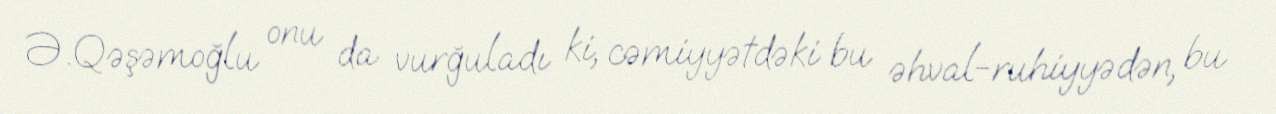
Ə.Qəşəmoğlu onu da vurğuladı ki, cəmiyyətdəki bu əhval-ruhiyyədən, bu